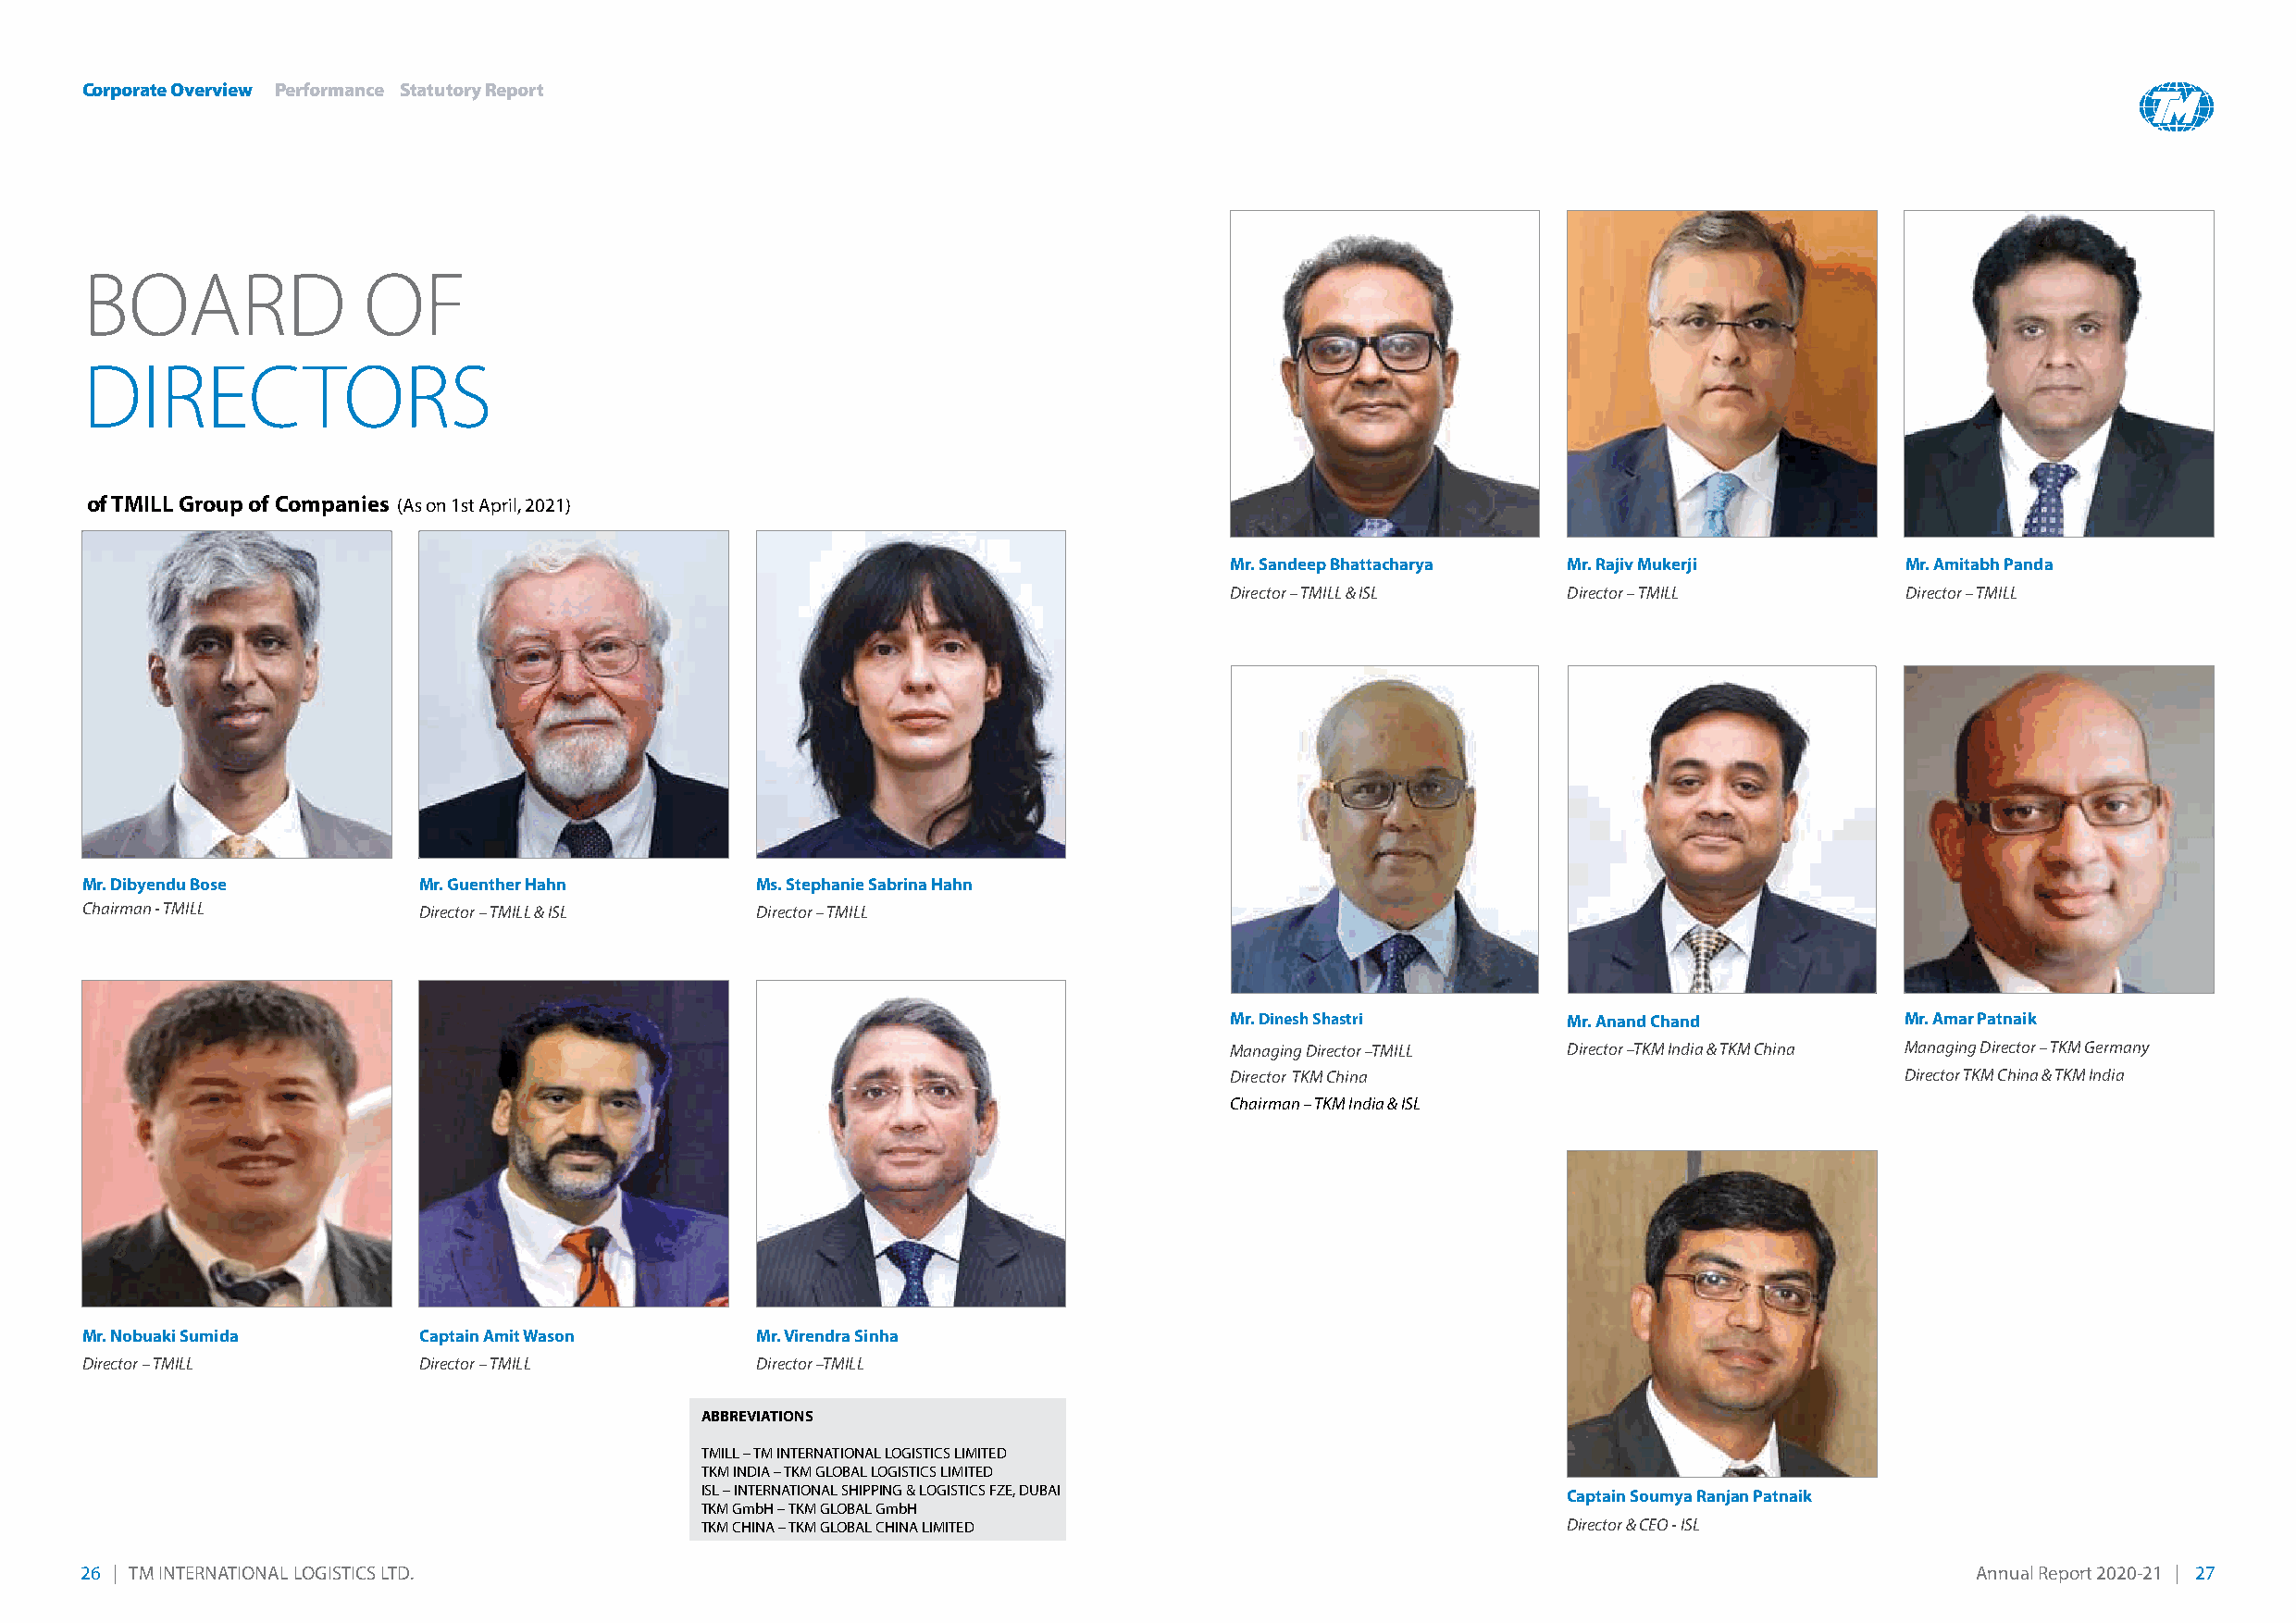
Corporate Overview Performance Statutory Report
 BoArD               oF
 DireCTorS
 of TMILL Group of Companies (As on 1st April, 2021)
 Mr. Sandeep Bhattacharya Mr. Rajiv Mukerji      Mr. Amitabh Panda
 Director – TMILL & ISL  Director – TMILL        Director – TMILL
 Mr. Dibyendu Bose       Mr. Guenther Hahn       Ms. Stephanie Sabrina Hahn
 Chairman - TMILL        Director – TMILL & ISL  Director – TMILL
 Mr. Dinesh Shastri      Mr. Anand Chand         Mr. Amar Patnaik
 Managing Director –TMILL Director –TKM India & TKM China Managing Director – TKM Germany
 Director TKM China                              Director TKM China & TKM India
 Chairman – TKM India & ISL
 Mr. Nobuaki Sumida      Captain Amit Wason      Mr. Virendra Sinha
 Director – TMILL        Director – TMILL        Director –TMILL
 ABBREVIATIONS
 TMILL – TM INTERNATIONAL LOGISTICS LIMITED
 TKM INDIA – TKM GLOBAL LOGISTICS LIMITED
 ISL – INTERNATIONAL SHIPPING & LOGISTICS FZE, DUBAI           Captain Soumya Ranjan Patnaik
 TKM GmbH – TKM GLOBAL GmbH
 TKM CHINA – TKM GLOBAL CHINA LIMITED                          Director & CEO - ISL
 26 | TM INTERNATIONAL LOGISTICS LTD.                                                                                                   Annual Report 2020-21 | 27